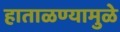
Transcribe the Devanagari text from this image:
हाताळण्यामुळे